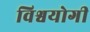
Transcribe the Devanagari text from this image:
विश्वयोगी